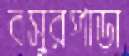
বসুরপাড়া